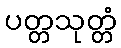
ပတ္တသုတ္တံ